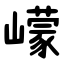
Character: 㠓